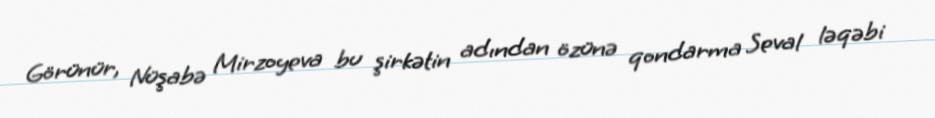
Görünür, Nüşabə Mirzoyeva bu şirkətin adından özünə qondarma Seval ləqəbi